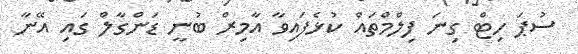
ސުޕަ ހިޓް ގިނަ ފިލްމްތައް ކުޅެފައިވާ އާމިރް ބުނީ ޑަންގާލް ގައި އޭނާ